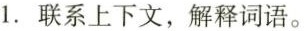
”1.联系上下文，解释词语。